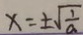
x = \pm \sqrt { \frac { 1 } { a } }